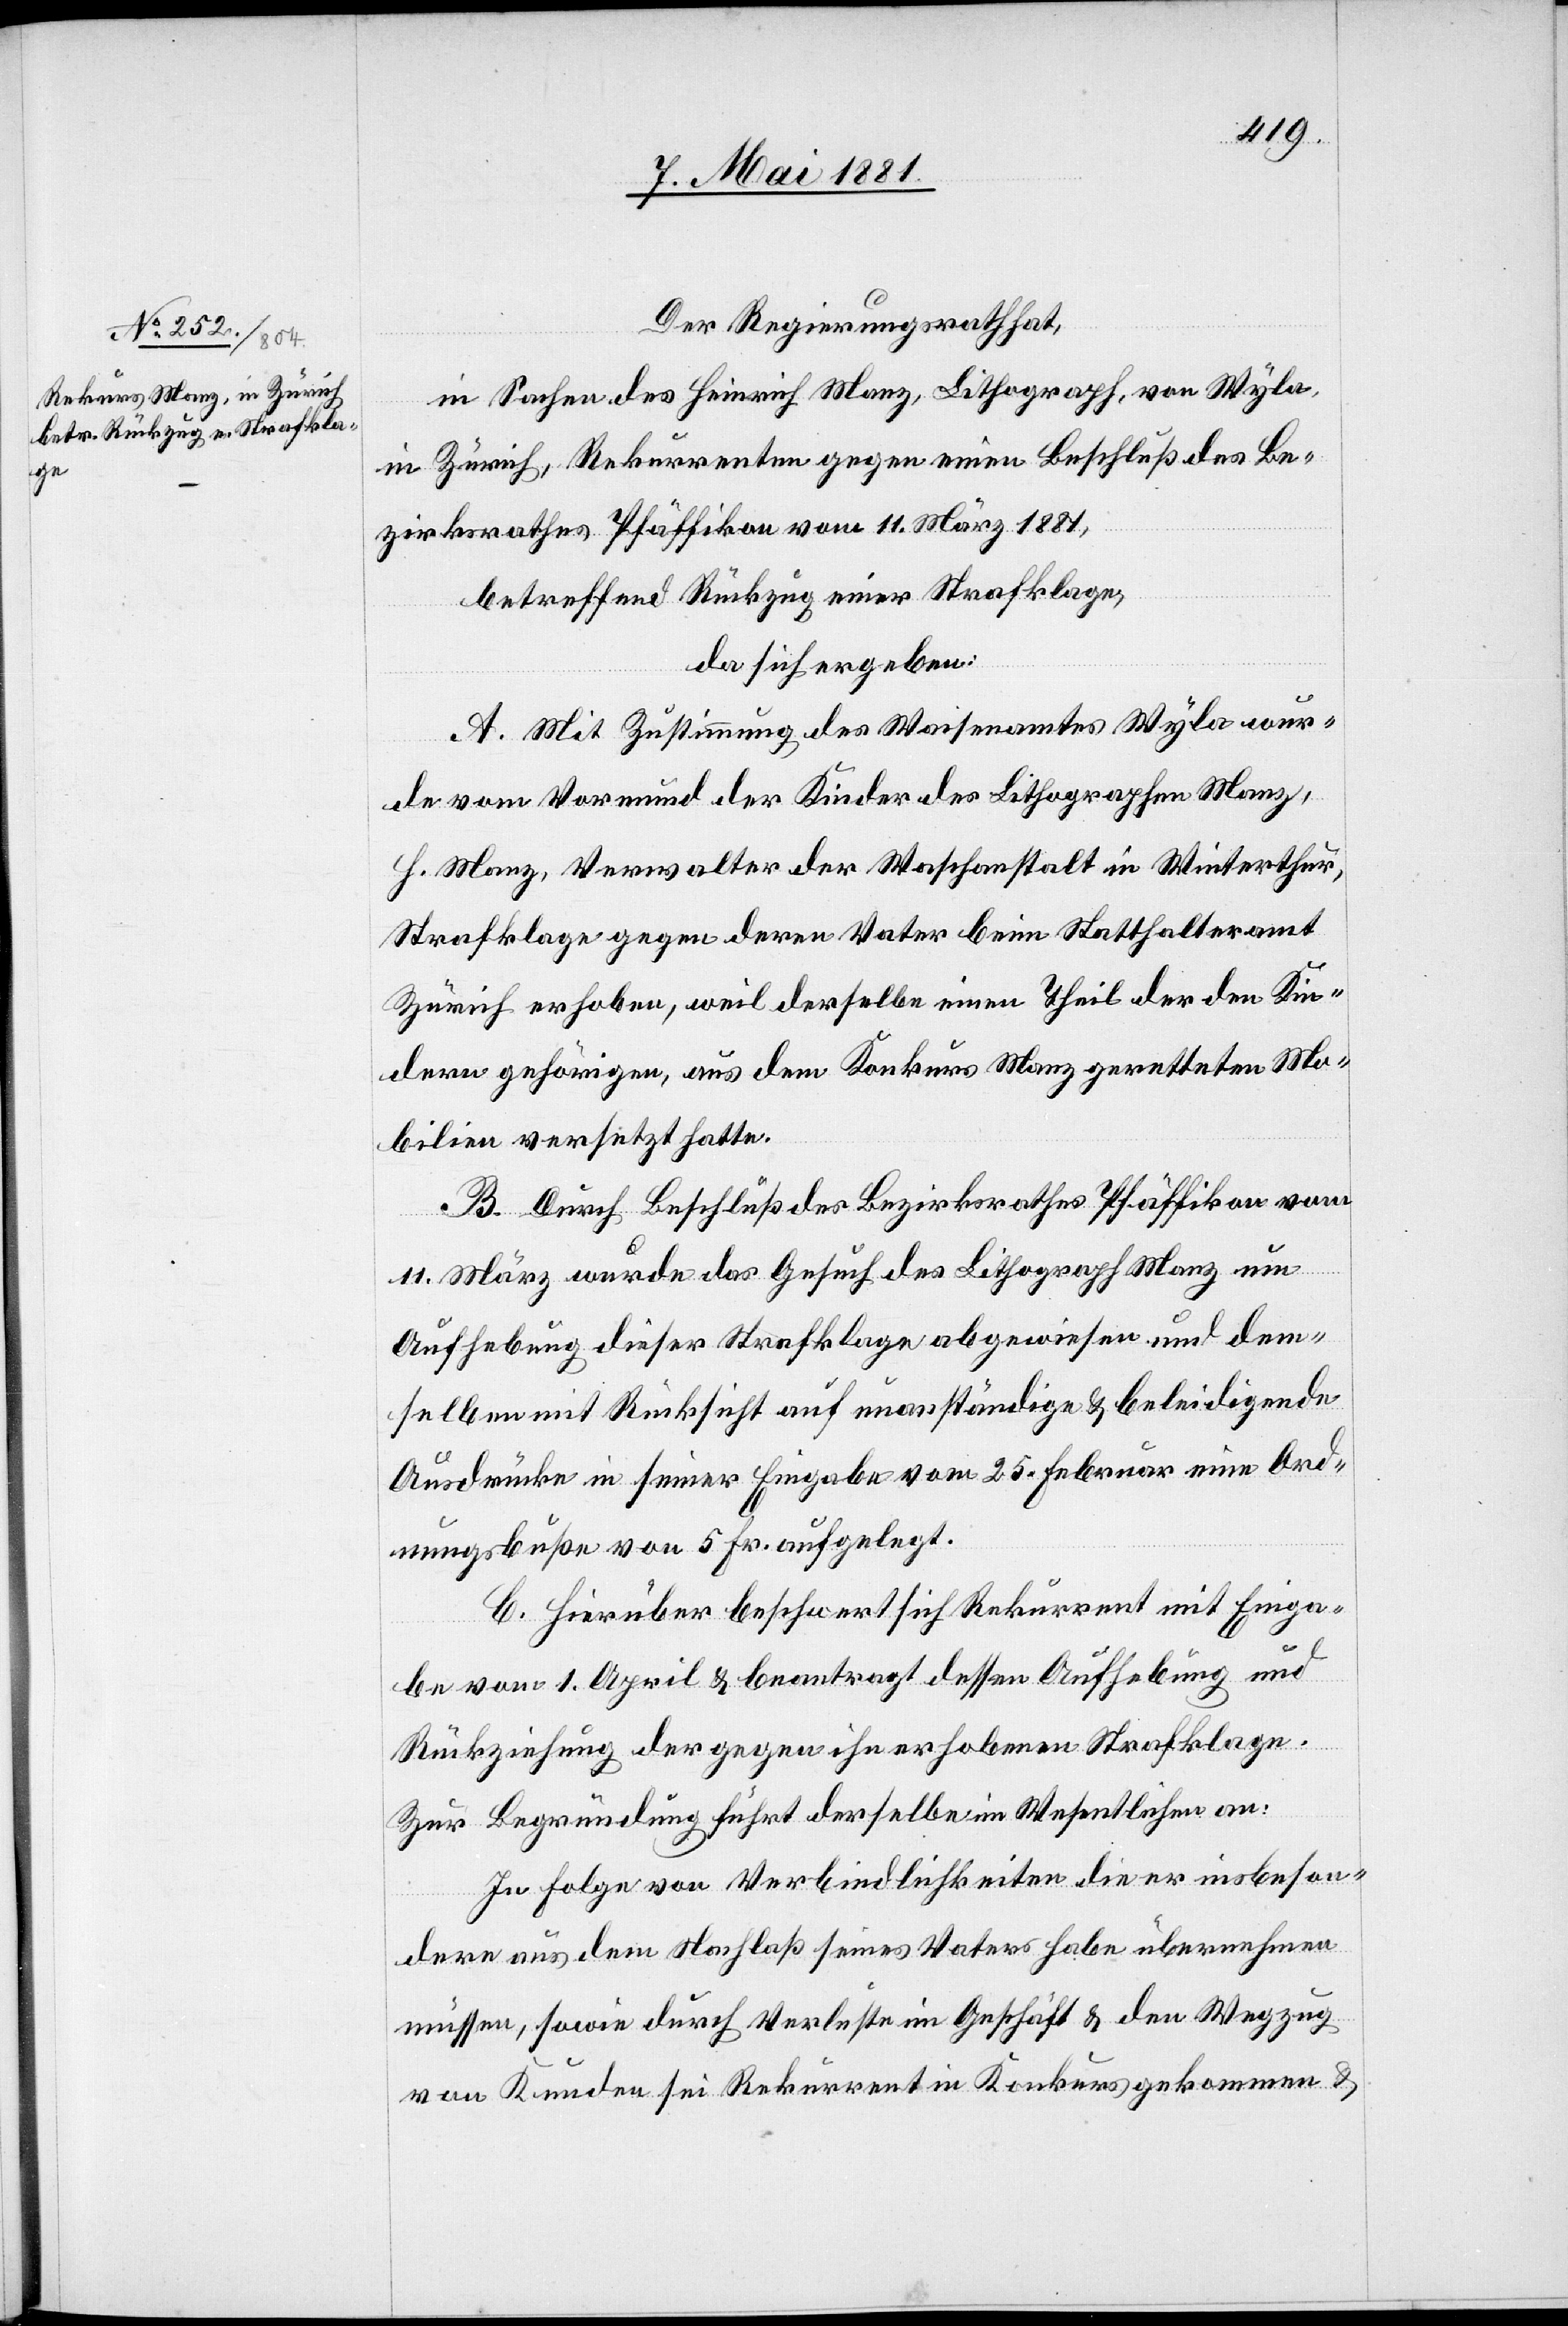
Der Regierungsrath,
in Sachen Heinrich Manz, Lithograph, von Wyla,
in Zürich, Rekurrenten gegen einen Beschluß des Be¬
zirksrathes Pfäffikon vom 11. März 1881,
betreffend Rückzug einer Strafklage,
da sich ergeben:
A. Mit Zustimmung des Waisenamtes Wyla wur¬
de vom Vormund der Kinder des Lithographen Manz,
H. Manz, Verwalter der Waschanstalt in Winterthur,
Strafklage gegen deren Vater beim Statthalteramt
Zürich erhoben, weil derselbe einen Theil der den Kin¬
dern gehörigen, aus dem Konkurs Manz geretteten Mo¬
bilien versetzt hatte.
B. Durch Beschluß des Bezirksrathes Pfäffikon vom
11. März wurde das Gesuch des Lithograph Manz um
Aufhebung dieser Strafklage abgewiesen und dem¬
selben mit Rücksicht auf unanständige & beleidigende
Ausdrücke in seiner Eingabe vom 25. Februar eine Ord¬
nungsbuße von 5 Fr. aufgelegt.
C. Hierüber beschwert sich Rekurrent mit Einga¬
be vom 1. April & beantragt dessen Aufhebung und
Rückziehung der gegen ihn erhobenen Strafklage.
Zur Begründung führt derselbe im Wesentlichen an:
In Folge von Verbindlichkeiten die er insbeson¬
dere aus dem Nachlaß seines Vaters habe übernehmen
müssen, sowie durch Verluste im Geschäft & den Wegzug
von Kunden sei Rekurrent in Konkurs gekommen &